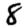
Digit: 8